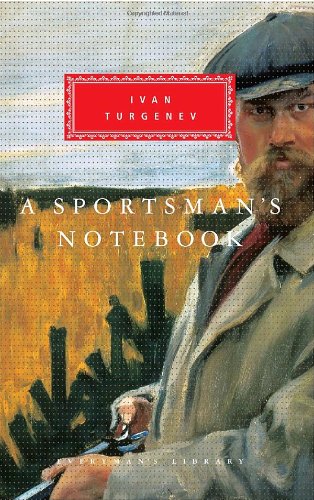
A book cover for A Sportsman's Notebook (Everyman's Library); Ivan Turgenev; Literature & Fiction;